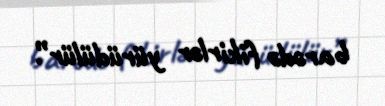
barədə fikirlər yürüdülür”.